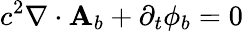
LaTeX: c^{2}\nabla\cdot\mathbf{A}_{b}+\partial_{t}\phi_{b}=0